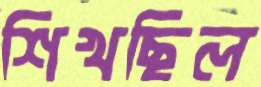
শিখছিল